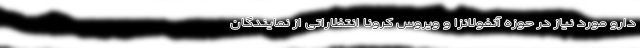
دارو مورد نیاز در حوزه آنفولانزا و ویروس کرونا انتظاراتی از نمایندگان